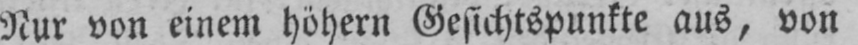
Nur von einem höhern Gesichtspunkte aus, von